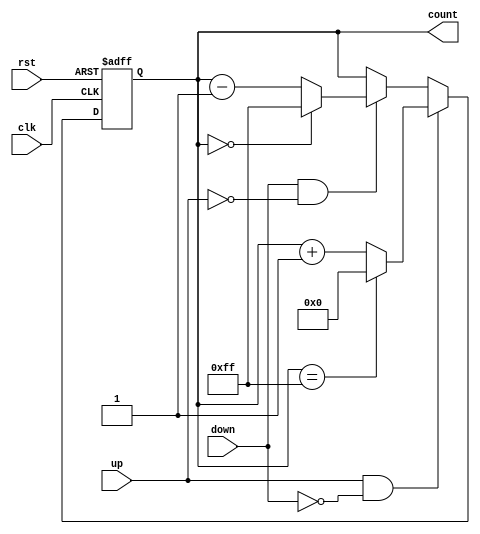
module UpDownCounter (
    input wire clk,       // Clock signal
    input wire rst,       // Asynchronous reset signal
    input wire up,        // Control signal to count up
    input wire down,      // Control signal to count down
    output reg [n-1:0] count // n-bit counter output
);
    parameter n = 8; // Parameter for the bit width of the counter

    always @(posedge clk or posedge rst) begin
        if (rst) begin
            count <= 0; // Reset the counter to 0
        end else if (up && !down) begin
            count <= (count == (2**n - 1)) ? 0 : count + 1; // Increment and wrap around
        end else if (down && !up) begin
            count <= (count == 0) ? (2**n - 1) : count - 1; // Decrement and wrap around
        end
        // If both up and down are low, retain the current value
    end

endmodule